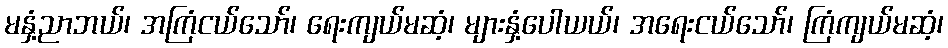
မနှံ့ညာဘယ်၊ အကြံငယ်သော်၊ ရေးကျယ်မဆံ့၊ များနှံ့ပေါယယ်၊ အရေးငယ်သော်၊ ကြံကျယ်မဆံ့၊